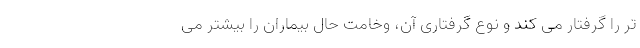
تر را گرفتار می کند و نوع گرفتاری آن، وخامت حال بیماران را بیشتر می